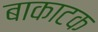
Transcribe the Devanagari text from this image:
बाकाटक